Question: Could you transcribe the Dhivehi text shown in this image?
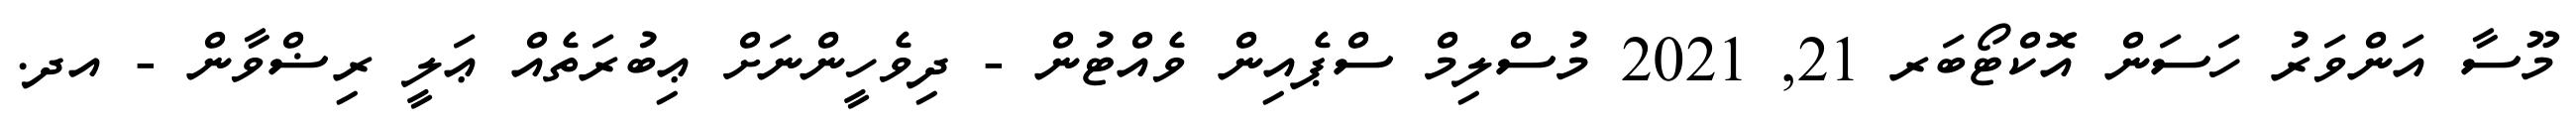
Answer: މޫސާ އަންވަރު ހަސަން އޮކްޓޯބަރ 21, 2021 މުސްލިމް ސްޕެއިން ވެއްޓުން - ދިވެހީންނަށް ޢިބުރަތެއް ޢަލީ ރިޟްވާން - އދ.